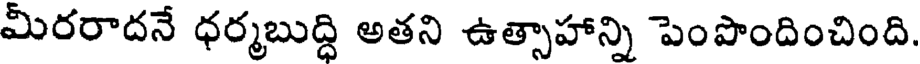
మీరరాదనే ధర్మబుద్ధి అతని ఉత్సాహాన్ని పెంపొందించింది.